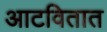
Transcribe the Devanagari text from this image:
आटवितात